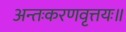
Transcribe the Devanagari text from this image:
अन्तःकरणवृत्तयः॥